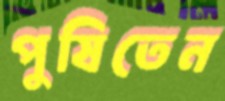
পুষিতেন